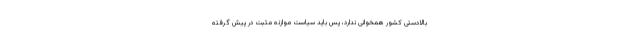
بالادستی کشور همخوانی ندارد، پس باید سیاست موازنه مثبت در پیش گرفته